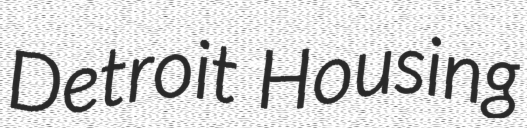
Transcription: Detroit Housing